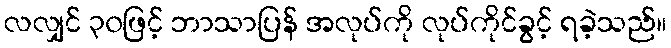
လလျှင် ၃၀ဖြင့် ဘာသာပြန် အလုပ်ကို လုပ်ကိုင်ခွင့် ရခဲ့သည်။